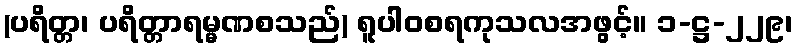
(ပရိတ္တ၊ ပရိတ္တာရမ္မဏစသည်) ရူပါဝစရကုသလအဖွင့်။ ၁-ဋ္ဌ-၂၂၉၊